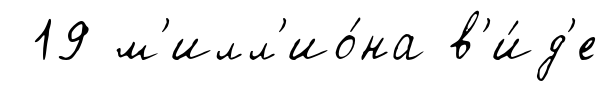
19 м'илл'ио́на в'и́д'е